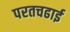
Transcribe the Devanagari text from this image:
परतचढाई